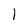
Character: e